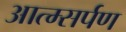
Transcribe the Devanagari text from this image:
आत्म्सर्पण